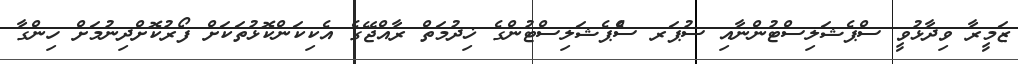
ޒަމީރާ ވިދާޅުވީ ސްޕެޝަލިސްޓުންނާއި ސުޕަރ ސްެޕެޝަލިސްޓުންގެ ޚިދުމަތް ރާއްޖޭގެ އެކިކަންކޮޅުތަކަށް ފޯރުކޮށްދިނުމަށް ހިންގާ